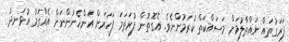
ފަރަގުތައް ނައްތާލުމަށް މަސައްކަތް ކުރަމުންނެވެ. އެގޮތުން ފުރަތަމަ ފަހަރަށް އަންހެނުންނަށް އެއްގަމު އުޅަނދު